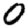
Digit: 0